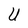
Character: U